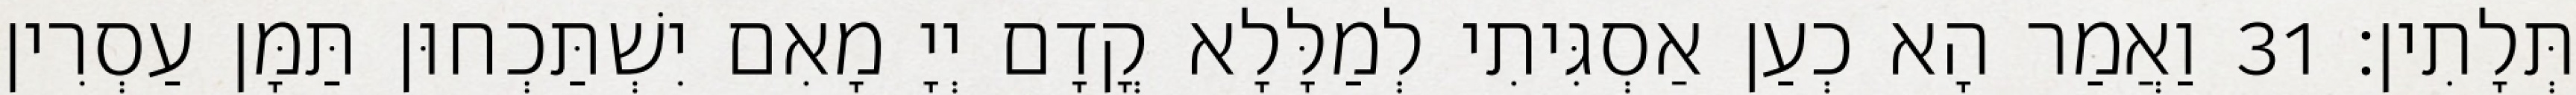
תְּלָתִין׃ 31 וַאֲמַר הָא כְעַן אַסְגִּיתִי לְמַלָּלָא קֳדָם יְיָ מָאִם יִשְׁתַּכְחוּן תַּמָּן עַסְרִין